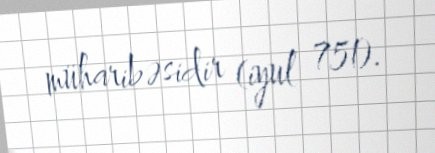
müharibəsidir (iyul 751).